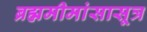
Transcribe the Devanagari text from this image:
ब्रह्ममीमांसासूत्र